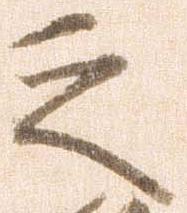
之